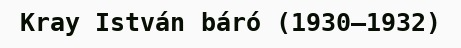
Kray István báró (1930–1932)